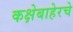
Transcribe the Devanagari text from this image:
कक्षेबाहेरचे